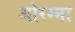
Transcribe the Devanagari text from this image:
ओरम्मा